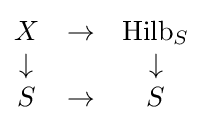
{\begin{matrix}X&\to &\operatorname {Hilb} _{S}\\\downarrow &&\downarrow \\S&\to &S\end{matrix}}